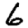
Digit: 6